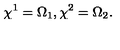
\chi ^ { 1 } = \Omega _ { 1 } , \chi ^ { 2 } = \Omega _ { 2 } .